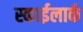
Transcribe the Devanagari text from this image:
स्काईलार्क